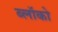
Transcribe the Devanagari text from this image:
ब्लॉको